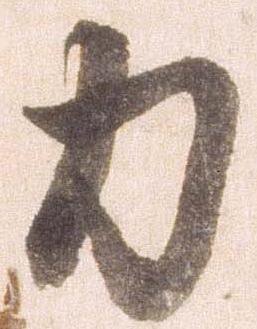
力